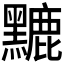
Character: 𪒏